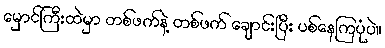
မှောင်ကြီးထဲမှာ တစ်ဖက်နဲ့ တစ်ဖက် ချောင်းပြီး ပစ်နေကြပုံပဲ။